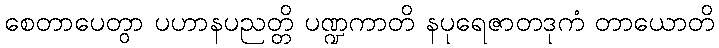
စေတာပေတွာ ပဟာနပညတ္တိ ပဏ္ဍကာတိ နပုရေဇာတဒုကံ တာယောတိ